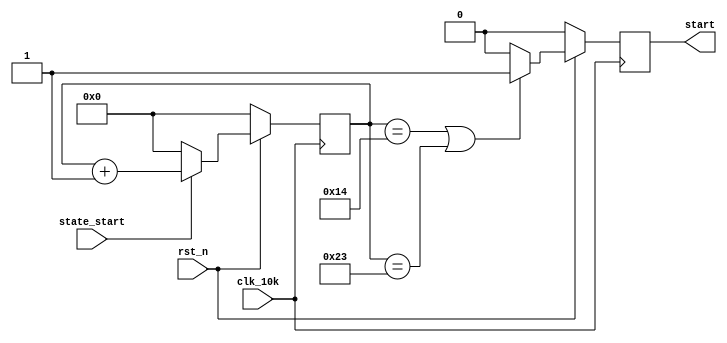
// ppheavy_timer.v
module ppheavy_on_timer(
                    //clk_sys,
                    rst_n,
                    state_start,
                    start,
                    clk_10k
                   );

//input clk_sys;
input rst_n;
input state_start;

input clk_10k;

output start;
reg start;

reg [5:0] count;


//always @ (posedge clk_10k or  negedge rst_n)
always @ (posedge clk_10k)
    begin
         if (rst_n == 1'b0)
             count <= 6'b0;
         else
             begin
                  if (state_start == 1'b1)
                      count <= count + 1;
                 
                  else
                      count <= 0;
             end
    end
always @ (posedge clk_10k)
    begin
         if (rst_n == 1'b0)
             start <= 0;
         else
             begin
                  if (count==6'd20||count==6'd35)
                      start <= 1;
                 
                  else
                      start <= 0;
             end
    end
endmodule